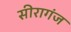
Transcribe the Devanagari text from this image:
सीरागंज